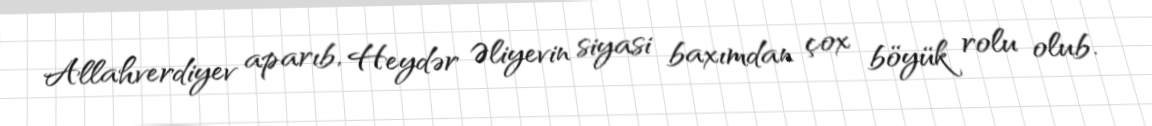
Allahverdiyev aparıb, Heydər Əliyevin siyasi baxımdan çox böyük rolu olub.